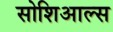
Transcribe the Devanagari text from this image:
सोशिआल्स